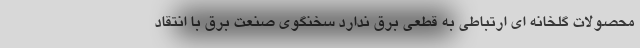
محصولات گلخانه ای ارتباطی به قطعی برق ندارد سخنگوی صنعت برق با انتقاد